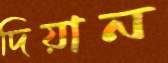
দিয়ান